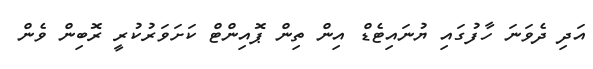
އަދި ދެވަނަ ހާފުގައި ޔުނައިޓެޑް އިން ތިން ޕޮއިންޓް ކަށަވަރުކުރީ ރޮބިން ވެން